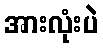
အားလုံးပဲ